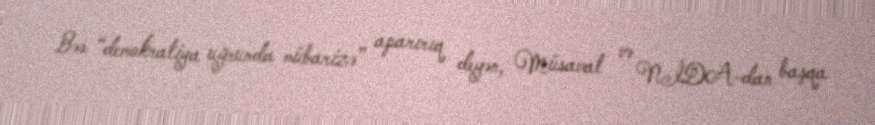
Bəs “demokratiya uğrunda mübarizə” aparırıq deyən, Müsavat və NİDA-dan başqa